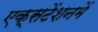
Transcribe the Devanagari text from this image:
एक्सटेंशनमें